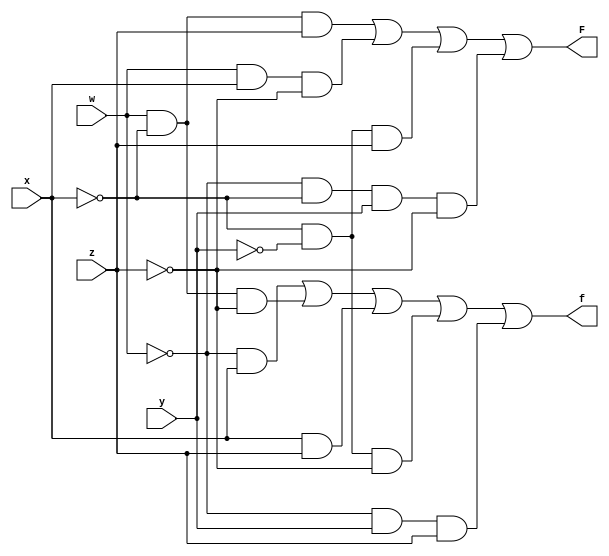
module SOP(F,f,w,x,y,z);
  input w,x,y,z;
  output F,f;
  assign F= (w&~x&z) | (w&x&~z) | (~x&~y&z) | (~w&~x&y&~z);
  assign f= (~w&x) | (w&~x&~z) | (x&z) | (~x&~y&~z) | (~w&y&z);
endmodule